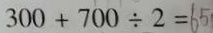
3 0 0 + 7 0 0 \div 2 = 6 5